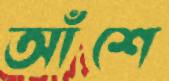
আঁশে